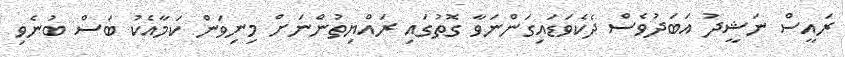
ރައީސް ނަޝީދު އަބަދުވެސް ދެކެވަޑައިގަންނަވާ ގޮތުގައި ރައްޔިތުންނަށް މިނިވަން ކަމާއެކު ބަސް ބުނެވި